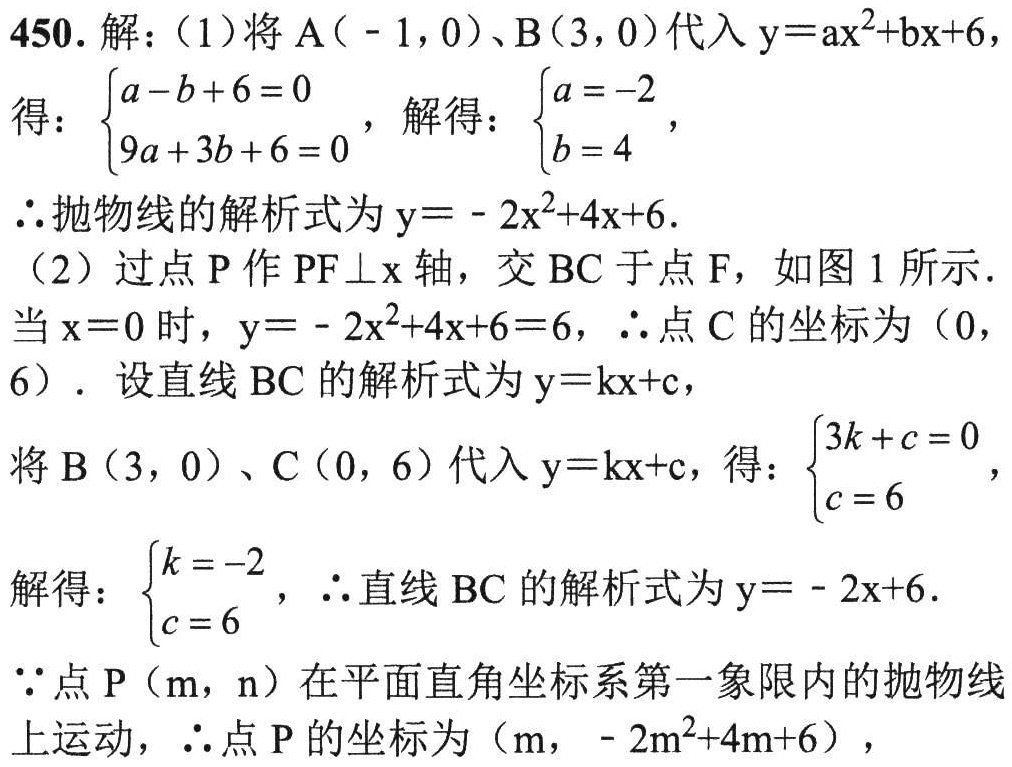
450. 解：
（1）将\(A(-1,0)\)、\(B(3,0)\)代入\(y = ax^{2}+bx + 6\)，
得：\(\begin{cases}a - b + 6 = 0\\9a + 3b + 6 = 0\end{cases}\)，解得：\(\begin{cases}a = -2\\b = 4\end{cases}\)，
\(\therefore\)抛物线的解析式为\(y=-2x^{2}+4x + 6\)。
（2）过点\(P\)作\(PF\perp x\)轴，交\(BC\)于点\(F\)，如图1所示.
当\(x = 0\)时，\(y=-2x^{2}+4x + 6 = 6\)，\(\therefore\)点\(C\)的坐标为\((0,6)\)。设直线\(BC\)的解析式为\(y = kx + c\)，
将\(B(3,0)\)、\(C(0,6)\)代入\(y = kx + c\)，得：\(\begin{cases}3k + c = 0\\c = 6\end{cases}\)，
解得：\(\begin{cases}k = -2\\c = 6\end{cases}\)，\(\therefore\)直线\(BC\)的解析式为\(y=-2x + 6\)。
\(\because\)点\(P(m,n)\)在平面直角坐标系第一象限内的抛物线上运动，\(\therefore\)点\(P\)的坐标为\((m,-2m^{2}+4m + 6)\)，